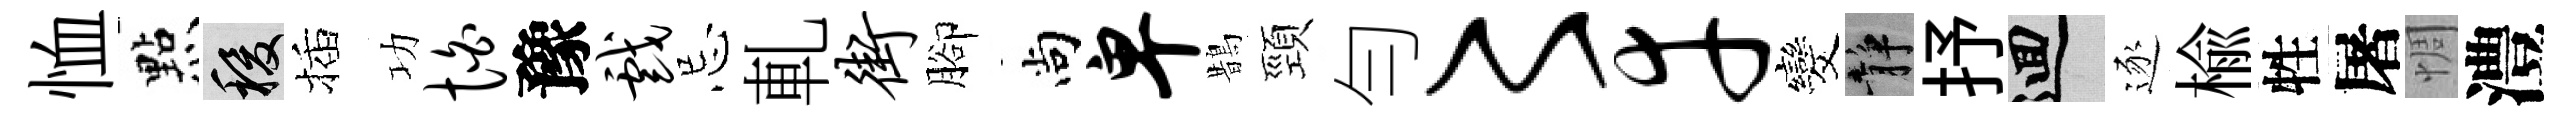
恤㸃稷插功怕豫戏忌軋街腳尚卑鵲頸勻〻幸发静抒回逐楡牲屠惆澧